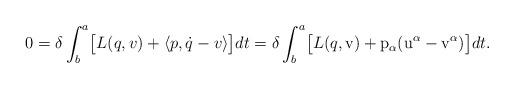
LaTeX: \begin{align*}0=\delta\int^a_b \bigl[ L(q,v)+\langle p, {\dot q}-v\rangle \bigr]dt= \delta\int^a_b \bigl[ L(q,{\rm v})+{\rm p}_\alpha({\rm u}^\alpha - {\rm v}^\alpha) \bigr]dt.\end{align*}